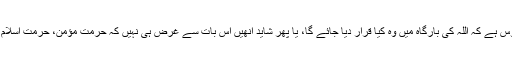
مقام افسوس ہے کہ اللہ کی بارگاہ میں وہ کیا قرار دیا جائے گا، یا پھر شاید انھیں اس بات سے غرض ہی نہیں کہ حرمت مؤمن، حرمت اسلام ہے کیا؟